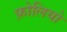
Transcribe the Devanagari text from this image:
फ़ोलियो